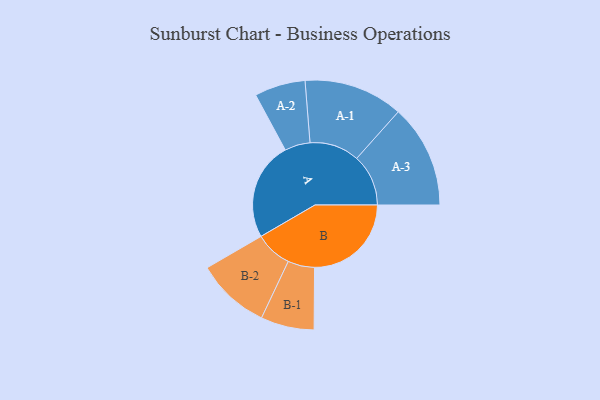
{"axis": {"x": "Segment", "y": "Value"}, "legend": ["", "A", "B"], "data": [{"x": "A", "y": 394, "type": ""}, {"x": "B", "y": 388, "type": ""}, {"x": "A-1", "y": 199, "type": "A"}, {"x": "A-2", "y": 102, "type": "A"}, {"x": "A-3", "y": 207, "type": "A"}, {"x": "B-1", "y": 107, "type": "B"}, {"x": "B-2", "y": 148, "type": "B"}]}